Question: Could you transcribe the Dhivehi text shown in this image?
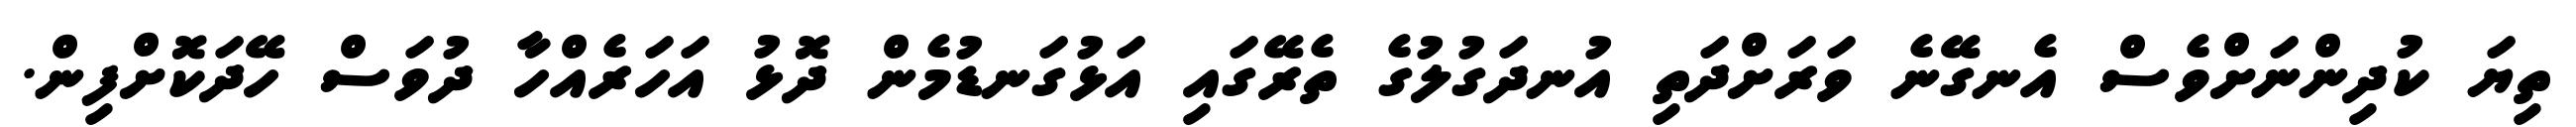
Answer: ތިޔަ ކުދިންނަށްވެސް އެނގޭނެ ވަރަށްދަތި އުނދަގުލުގެ ތެރޭގައި އަޅުގަނޑުމެން ދޮޅު އަހަރެއްހާ ދުވަސް ހޭދަކޮށްފިން.